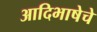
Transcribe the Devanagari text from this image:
आदिभाषेचे